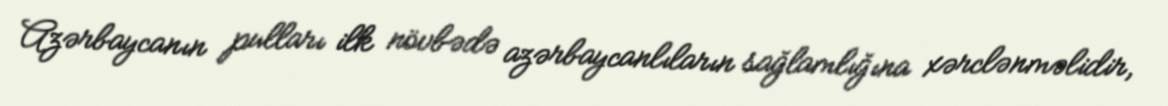
Azərbaycanın pulları ilk növbədə azərbaycanlıların sağlamlığına xərclənməlidir,